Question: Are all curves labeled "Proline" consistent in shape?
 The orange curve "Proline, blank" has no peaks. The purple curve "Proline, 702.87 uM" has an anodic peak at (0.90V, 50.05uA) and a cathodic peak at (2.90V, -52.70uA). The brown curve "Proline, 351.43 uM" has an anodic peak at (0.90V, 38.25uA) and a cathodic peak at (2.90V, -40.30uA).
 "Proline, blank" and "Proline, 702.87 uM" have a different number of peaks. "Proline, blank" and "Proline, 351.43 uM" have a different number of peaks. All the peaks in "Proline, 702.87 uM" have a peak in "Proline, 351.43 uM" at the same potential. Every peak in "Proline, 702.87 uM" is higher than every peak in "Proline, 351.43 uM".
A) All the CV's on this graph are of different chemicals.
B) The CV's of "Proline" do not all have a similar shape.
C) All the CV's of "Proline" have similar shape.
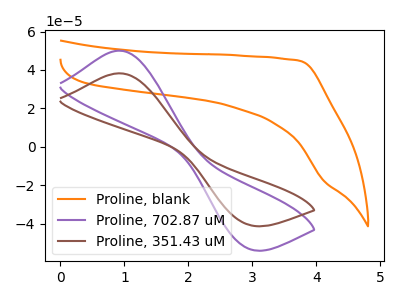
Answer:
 <answer>C) All the CV's of "Proline" have similar shape.</answer>
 <eval>C</eval>